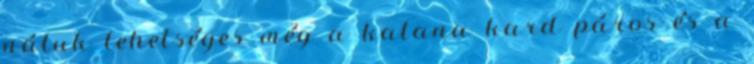
náluk lehetséges még a katana kard páros és a